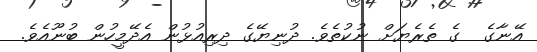
އޭނާގެ  ގެ ތެރެޔަށް ނުކުތެވެ. ދުނިޔޭގެ ދިރިއުޅުން އެދޭމީހުން ބުނޫއެވެ.